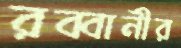
রব্বানীর